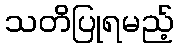
သတိပြုရမည့်